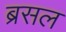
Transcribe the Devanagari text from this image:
ब्रसल